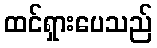
ထင်ရှားပေသည်